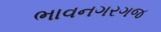
ભાવનગરગજ